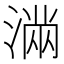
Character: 𭱽